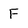
Character: F